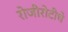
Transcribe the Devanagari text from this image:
रोजीरोटीचे